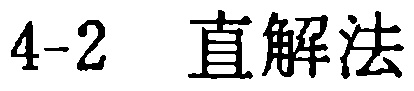
4-2 \ 直解法